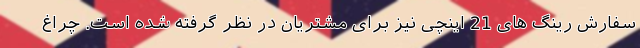
سفارش رینگ های 21 اینچی نیز برای مشتریان در نظر گرفته شده است. چراغ